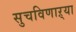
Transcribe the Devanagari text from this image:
सुचविणाऱ्या